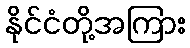
နိုင်ငံတို့အကြား